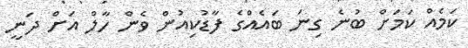
ކަމެއް ކަމަށް ބުނެ ގިނަ ބައެއްގެ ފާޑުކިއުން ވެން ހާލް އަށް ދަނީ